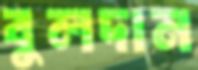
বুলদান